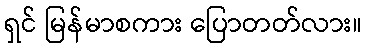
ရှင် မြန်မာစကား ပြောတတ်လား။